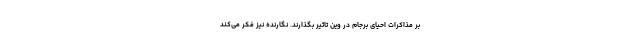
بر مذاکرات احیای برجام در وین تاثیر بگذارند. نگارنده نیز فکر می‌کند